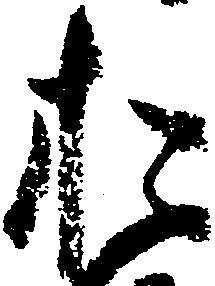
お